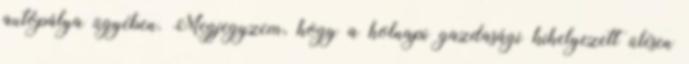
autópálya ügyében. Megjegyzem, hogy a holnapi gazdasági kihelyezett ülésen